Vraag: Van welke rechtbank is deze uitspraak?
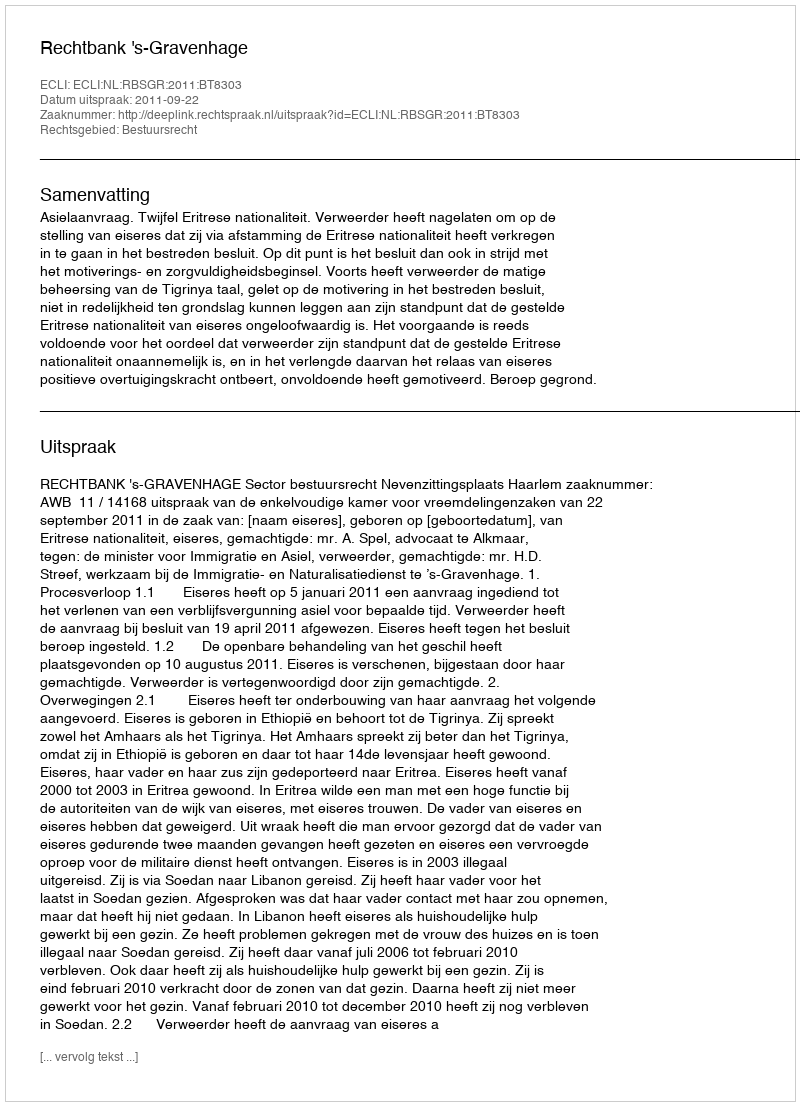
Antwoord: Rechtbank 's-Gravenhage